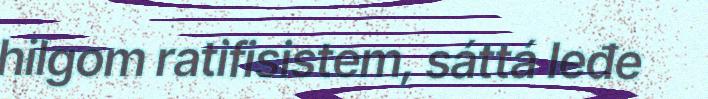
hilgom ratifisistem, sáttá leđe